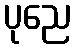
ပုညေ